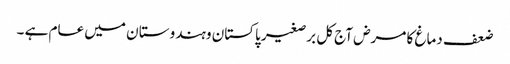
ضعف دماغ کا مرض آج کل برصغیر پاکستان وہندوستا ن میں عام ہے ۔